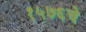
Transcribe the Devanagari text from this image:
१५७६चे